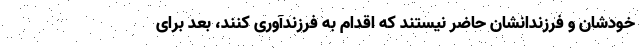
خودشان و فرزندانشان حاضر نیستند که اقدام به فرزندآوری کنند، بعد برای